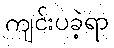
ကျင်းပခဲ့ရာ